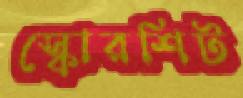
স্কোরশিট